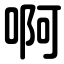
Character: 啊